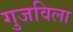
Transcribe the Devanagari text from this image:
गुजविला